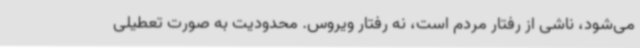
می‌شود، ناشی از رفتار مردم است، نه رفتار ویروس. محدودیت به صورت تعطیلی